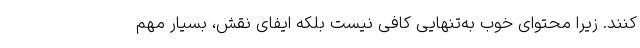
­کنند. زیرا محتوای خوب به‌تنهایی کافی نیست بلکه ایفای نقش، بسیار مهم